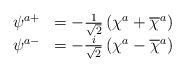
LaTeX: \begin{align*}\begin{array}{ccc}\psi ^{a+} & =-\frac 1{\sqrt{2}}\left( \chi ^a+\overline{\chi }^a\right) & \\ \psi ^{a-} & =-\frac i{\sqrt{2}}\left( \chi ^a-\overline{\chi }^a\right) & \end{array}\end{align*}